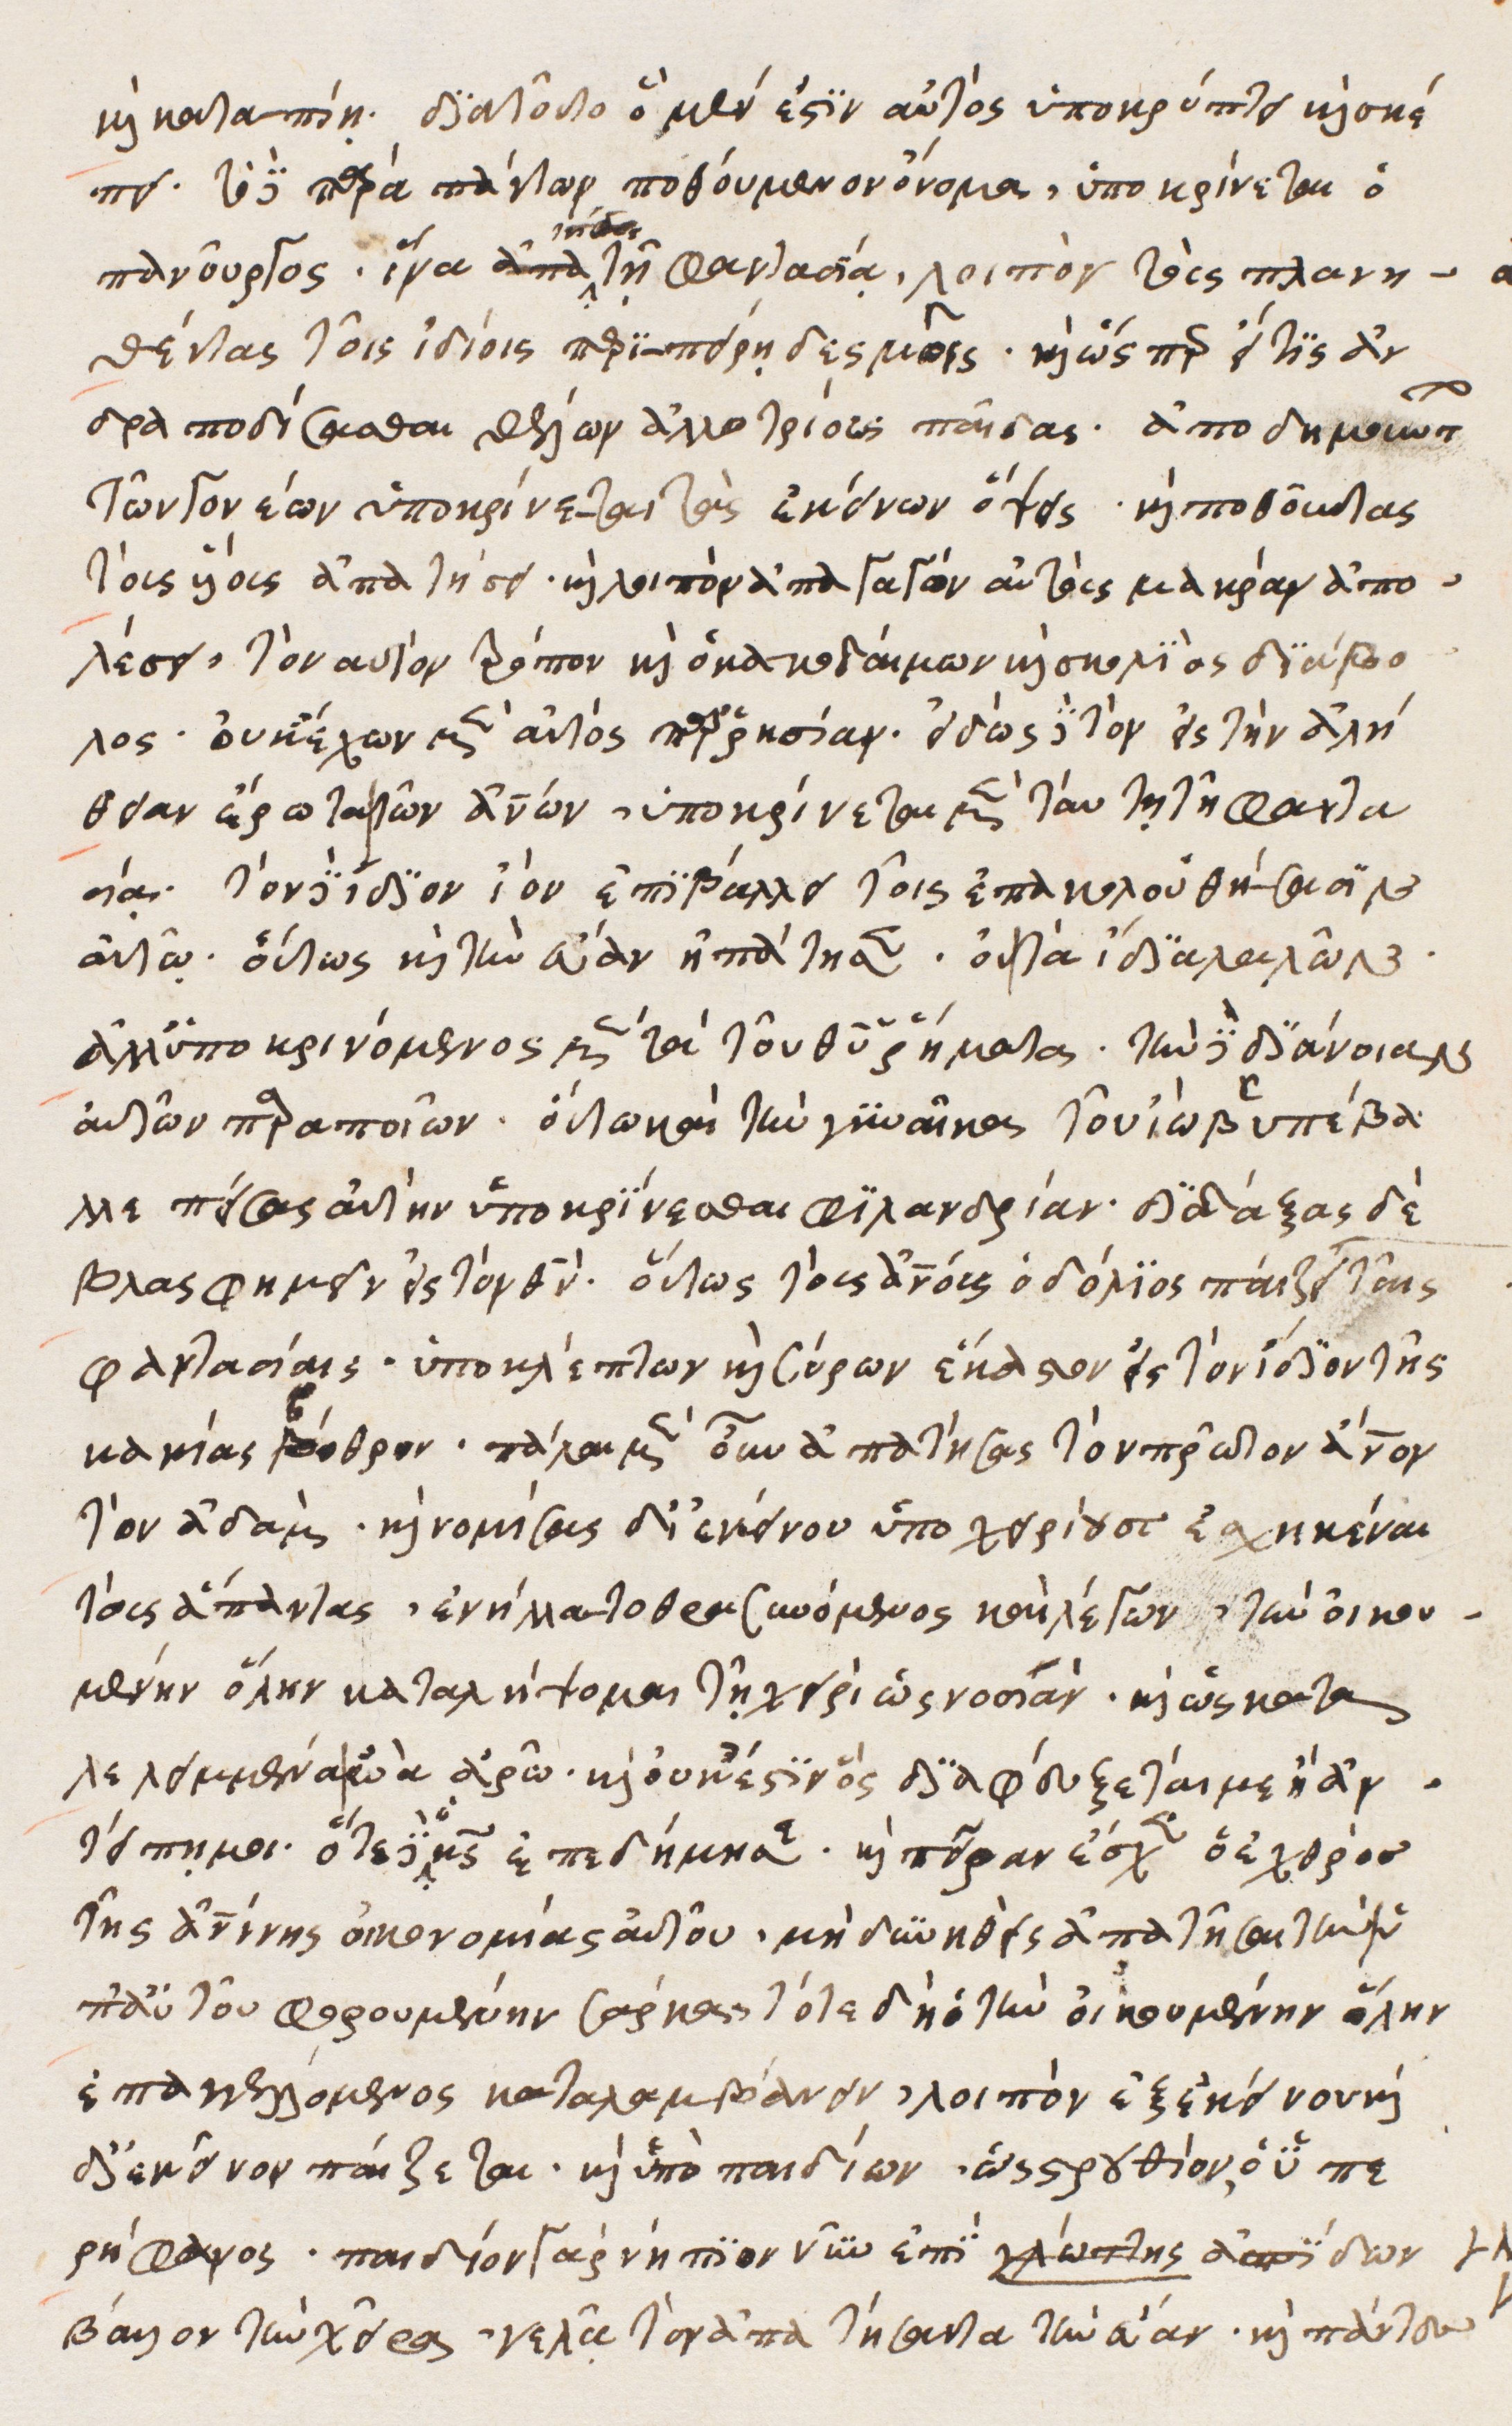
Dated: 1540–1560